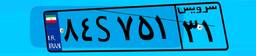
۸۴S۷۵۱۳۱